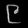
Digit: ၉